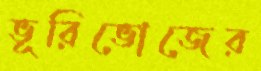
ভূরিভোজের